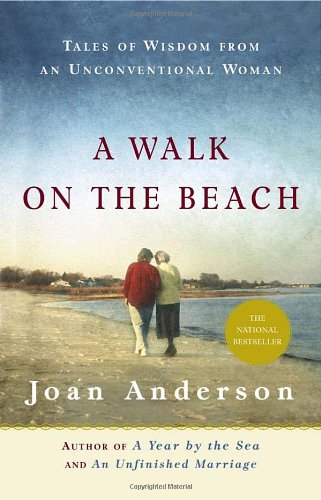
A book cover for A Walk on the Beach: Tales of Wisdom From an Unconventional Woman; Joan Anderson; Biographies & Memoirs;